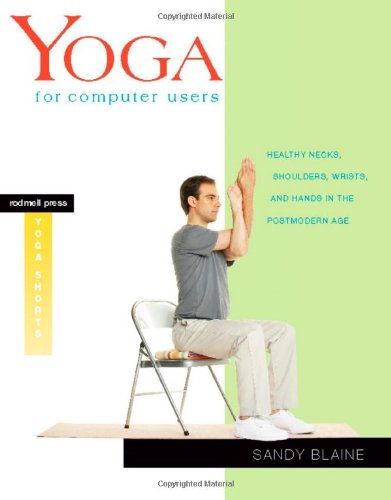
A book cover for Yoga for Computer Users: Healthy Necks, Shoulders, Wrists, and Hands in the Postmodern Age (Rodmell Press Yoga Shorts); Sandy Blaine; Health, Fitness & Dieting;